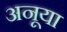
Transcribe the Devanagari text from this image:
अनूया